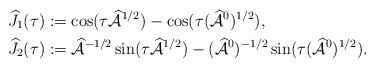
LaTeX: \begin{align*}\widehat{J}_1(\tau) &:= \cos(\tau \widehat{\mathcal{A}}^{1/2}) - \cos(\tau (\widehat{\mathcal{A}}^0)^{1/2}),\\\widehat{J}_2(\tau) &:= \widehat{\mathcal{A}}^{-1/2} \sin(\tau \widehat{\mathcal{A}}^{1/2}) - (\widehat{\mathcal{A}}^0)^{-1/2} \sin(\tau (\widehat{\mathcal{A}}^0)^{1/2}).\end{align*}